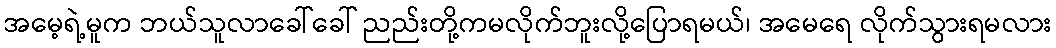
အမေ့ရဲ့မူက ဘယ်သူလာခေါ်ခေါ် ညည်းတို့ကမလိုက်ဘူးလို့ပြောရမယ်၊ အမေရေ လိုက်သွားရမလား